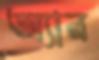
অ্যান